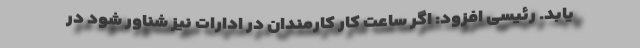
یابد. رئیسی افزود: اگر ساعت کار کارمندان در ادارات نیز شناور شود در